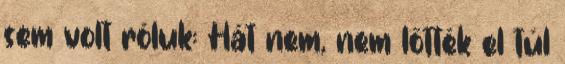
sem volt róluk: Hát nem, nem lőtték el túl